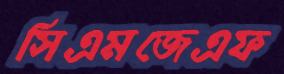
সিএমজেএফ